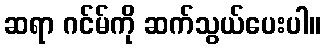
ဆရာ ဂင်မ်ကို ဆက်သွယ်ပေးပါ။